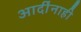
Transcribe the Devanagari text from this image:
आदींनाही